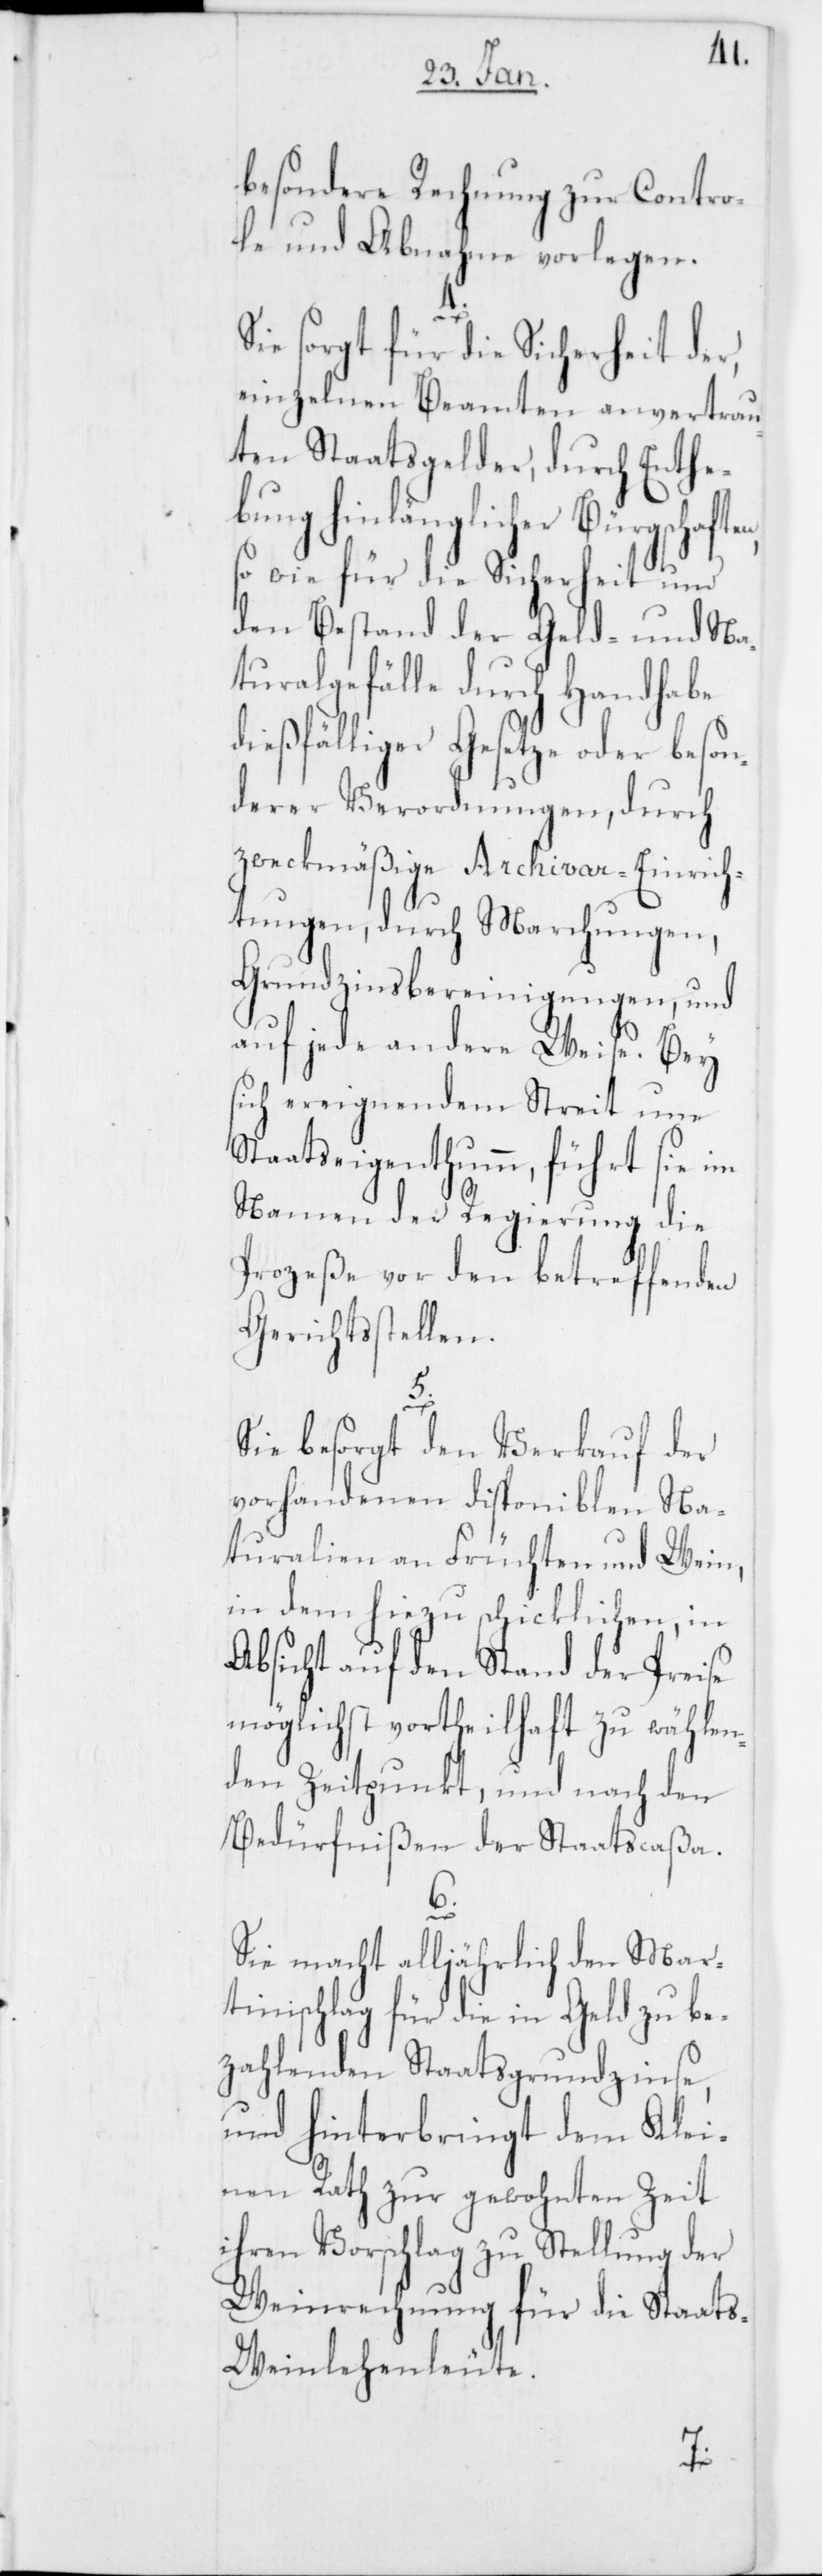
besondere Rechnung zur Contro¬
le und Abnahme vorlegen.
4.
Sie sorgt für die Sicherheit der,
einzelnen Beamten anvertrau¬
ten Staatsgelder, durch Enthe¬
bung hinlänglicher Bürgschafte¬
so wie für die Sicherheit und
den Bestand der Geld- und Na¬
turalgefälle durch Handhabe
dießfälliger Gesetze oder beson¬
derer Verordnungen, durch
zweckmäßige Archivar-Einrich¬
tungen, durch Marchungen,
Grundzinsbereinigungen, und
auf jede andere Weise. Bey
sich ereignendem Streit um
Staatseigenthumm, führt sie im
Namen der Regierung die
Prozeße vor den betreffenden
Gerichtsstellen.
5.
Sie besorgt den Verkauf der
vorhandenen disponiblen Na¬
turalien an Früchten und Wein,
in dem hiezu schicklichen, in
Absicht auf den Stand der Preise
möglichst vortheilhaft zu wählen¬
den Zeitpunkt, und nach den
Bedürfnißen der Staatscaßa.
6.
Sie macht alljährlich den Mar¬
tinischlag für die in Geld zu be¬
zahlenden Staatsgrundzinse,
und hinterbringt dem Klei¬
nen Rath zur gewohnten Zeit
ihren Vorschlag zu Stellung der
Weinrechnung für die Staat¬
s-Weinlehenleute.